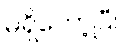
မရှိတော့ပြီ။